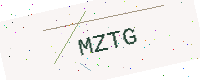
Text: MZTG